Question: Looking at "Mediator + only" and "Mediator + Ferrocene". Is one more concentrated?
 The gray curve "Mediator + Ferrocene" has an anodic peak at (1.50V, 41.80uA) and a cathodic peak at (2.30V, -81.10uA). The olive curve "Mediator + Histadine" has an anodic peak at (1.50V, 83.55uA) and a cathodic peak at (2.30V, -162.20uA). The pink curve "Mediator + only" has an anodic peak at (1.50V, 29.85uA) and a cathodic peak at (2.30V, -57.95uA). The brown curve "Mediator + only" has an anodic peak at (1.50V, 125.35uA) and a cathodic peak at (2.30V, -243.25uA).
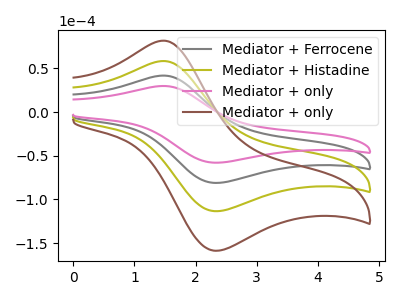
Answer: <think>All the peaks in "Mediator + only" have a peak in "Mediator + Ferrocene" at the same potential. Every peak in "Mediator + only" is lower than every peak in "Mediator + Ferrocene".
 </think>
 <answer>"Mediator + only" has less signal than "Mediator + Ferrocene" and so likely has a lower concentration.</answer>
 <eval>less_concentration</eval>